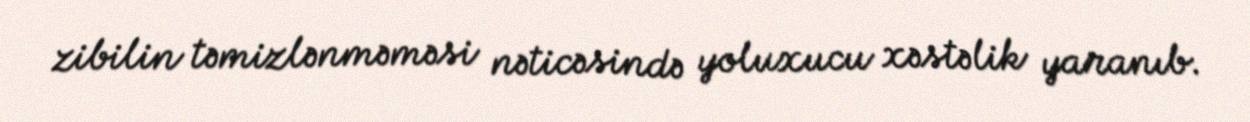
zibilin təmizlənməməsi nəticəsində yoluxucu xəstəlik yaranıb.